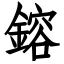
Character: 鎔